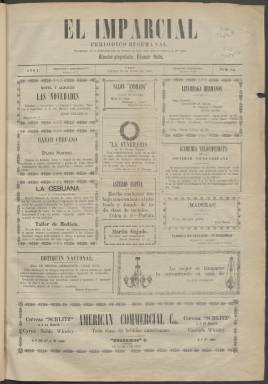
Título: El Imparcial (Cebú)
Colección: Periódicos
Ámbito geográfico: Filipinas
Lugar de publicación: Cebú [Filipinas]
Fechas: 10/05/1900-10/05/1900